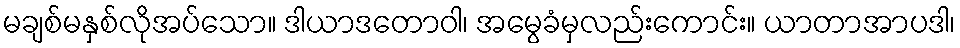
မချစ်မနှစ်လိုအပ်သော။ ဒါယာဒတောဝါ၊ အမွေခံမှလည်းကောင်း။ ယာတာအာပဒါ၊